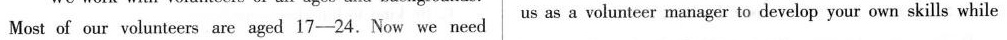
Most of our volunteers are aged 17-24.Now we need us as a volunteer manager to develop your own skills while